Vital statistics of India. Vol. IV, Annual returns from 1871 to 1876. British Army of India, Native Army and jails of Bengal
Year: 1871
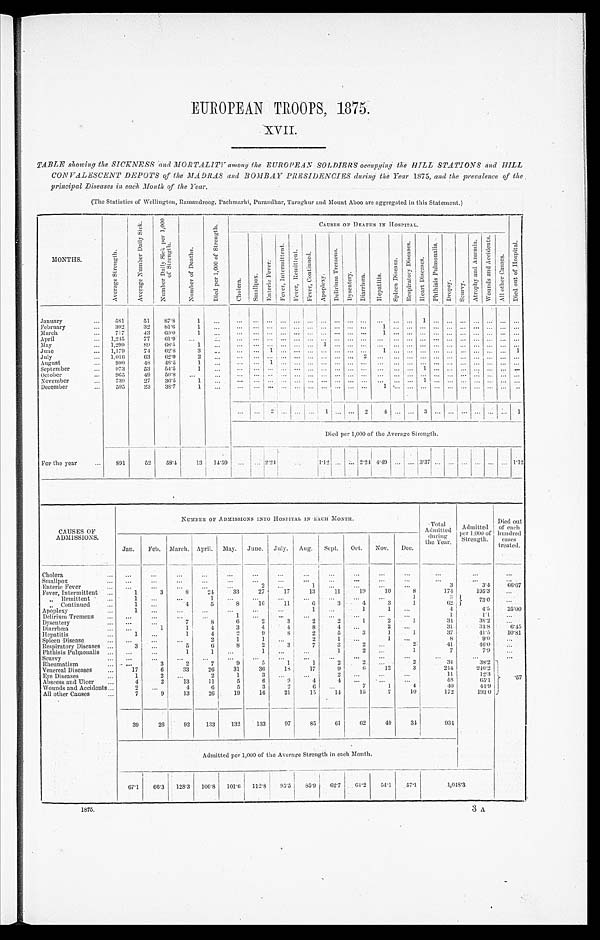
EUROPEAN TROOPS, 1875.
XVII.
TABLE showing the SICKNESS and MORTALITY among the EUROPEAN SOLDIERS occupying the HILL STATIONS and HILL
CONVALESCENT DEPOTS of the MADRAS and BOMBAY PRESIDENCIES during the Year 1875, and the prevalence of the
principal Diseases in each Month of the Year.
(The Statistics of Wellington, Ramandroog, Pachmarhi, Purandhar, Taraghur and Mount Aboo are aggregated in this Statement.)
MONTHS.
A v e r a g e S t r e n g t h .
A v e r a g e N u m b e r D a i l y S i c k . N u m b e r D a i l y S i c k p e r 1 , 0 0 0
o f S t r e n g t h .
N u m b e r o f D e a t h s . D i e d p e r 1 , 0 0 0 o f S t r e n g t h .
C A U S E S O F D E A T H S I N H O S P I T A L .
D i e d o u t o f H o s p i t a l .
C h o l e r a . S m a l l p o x .
E n t e r i c F e v e r .
F e v e r , I n t e r m i t t e n t .
F e v e r , R e m i t t e n t .
F e v e r , C o n t i n u e d . A p o p l e x y .
D e l i r i u m T r e m e n s .
D y s e n t e r y .
D i a r r h œ a . H e p a t i t i s .
S p l e e n D i s e a s e .
R e s p i r a t o r y D i s e a s e s .
H e a r t D i s e a s e s .
P h t h i s i s P i l m o n a l i s .
D r o p s y .
S c u r v y .
A t r o p h y a n d A n æ m i a .
W o u n d s a n d A c c i d e n t s .
A l l o t h e r C a u s e s .
January
581 51
8 7 . 8 1
1
February
392 32 81.6
1
1
March
717 43 60.0
1
1
April
1,245 77 61.9
May 1,299 89
6 8 . 5 1
1
June
1,179 74
6 2 . 8 3
1
1
1
July
1,016 63 62.0
2
2
August
990 48 48.5
1
1
September
973 53 54.5
1
1
October
9 6 5
4 9 50.8
November
739 27 36.5
1
1
December
5 9 5 23 38.7
1
1
2
1
2 4
3
1
Died per 1,000 of the Average Strength.
For the year
8 9 1 52 58.4 13 14.59
2.24
1.12
2.24 4.49
3. 37
1 . 1 2
CAUSES OF
ADMISSIONS.
NUMBER OF ADMI SSI ONS I NTO HOSPI TAL I N EACH MONTH.
Total
Admitted duri ng
the Year.
Admitted
per 1,000 of
Strength.
Died out
of each
hundred c a s e s
treated.
Jan. Feb. March. April. May. June. July. Aug. Sept. Oct. Nov. Dec.
Cholera
Smallpox Enteric Fever
2
1
3
3.4 66.67
Fever, Intermittent
1
3
8 24
3 3 27 17 13 11 19 10
8
174
195.3
„ R e m i t t e n t
1
1
1
3
73.0
„ C o n t i n u e d
1
4
5
8 16 11
6
3
4
3
1
62
Apoplexy
1
1
1
1
4
4.5 25.00
Delirium Tremens
1
1
1. 1
Dysentery
7
8
6
2
3
2
2
1
2
1
34
38.2
Diarrhœa
1
1
4
3
4
4
8
4
2
31
34.8
6 . 4 5
Hepatitis
1
1
4
2 9
8
2
5
3
1
1
37
41.5 10.81
Spleen Disease
2
1
1
2
1
1
8
9.0
Respiratory Diseases
3
5
6
8
2
3
7
3
2
2
41
46.0
Phthisis Pulmonalis
1
1
1
1
2
1
7
7.9
Scurvy Rheumatism
3
2
7
9
5
1
1
2
2
2
34
38.2 . 57
Venerel Di seases
17
6 33 26 31 36 18 17
9
6 12
3
214
2 4 0 . 2
Eye Di seases
1
2
2
1
3
2
1 1
1 2 . 3
Abscess and Ul cer
4
2 13
1 1
5
6
9
4
4
58
6 5 . 1
Wounds and Accidents
2
4
6
5
3
2
6
7
1
4
40
44.9
All other Causes
7
9 13 26 19 16 21 15
1 4 15
7 10
1 7 2
193.0
39 26 92 133 132 133 97 85 61 62 40 34
934
Admi t t ed per 1, 000 of t he Aver age St r engt h i n each Mont h.
67. 1 66. 3 128. 3 106.8 101.6 112.8 95.5 85.9
6 2 . 7
64. 2 54.1 57. 1
1 , 0 4 8 . 3
1873.
3 A